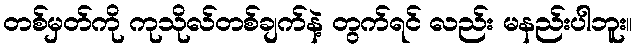
တစ်မှတ်ကို ကုသိုလ်တစ်ချက်နဲ့ တွက်ရင် လည်း မနည်းပါဘူး။